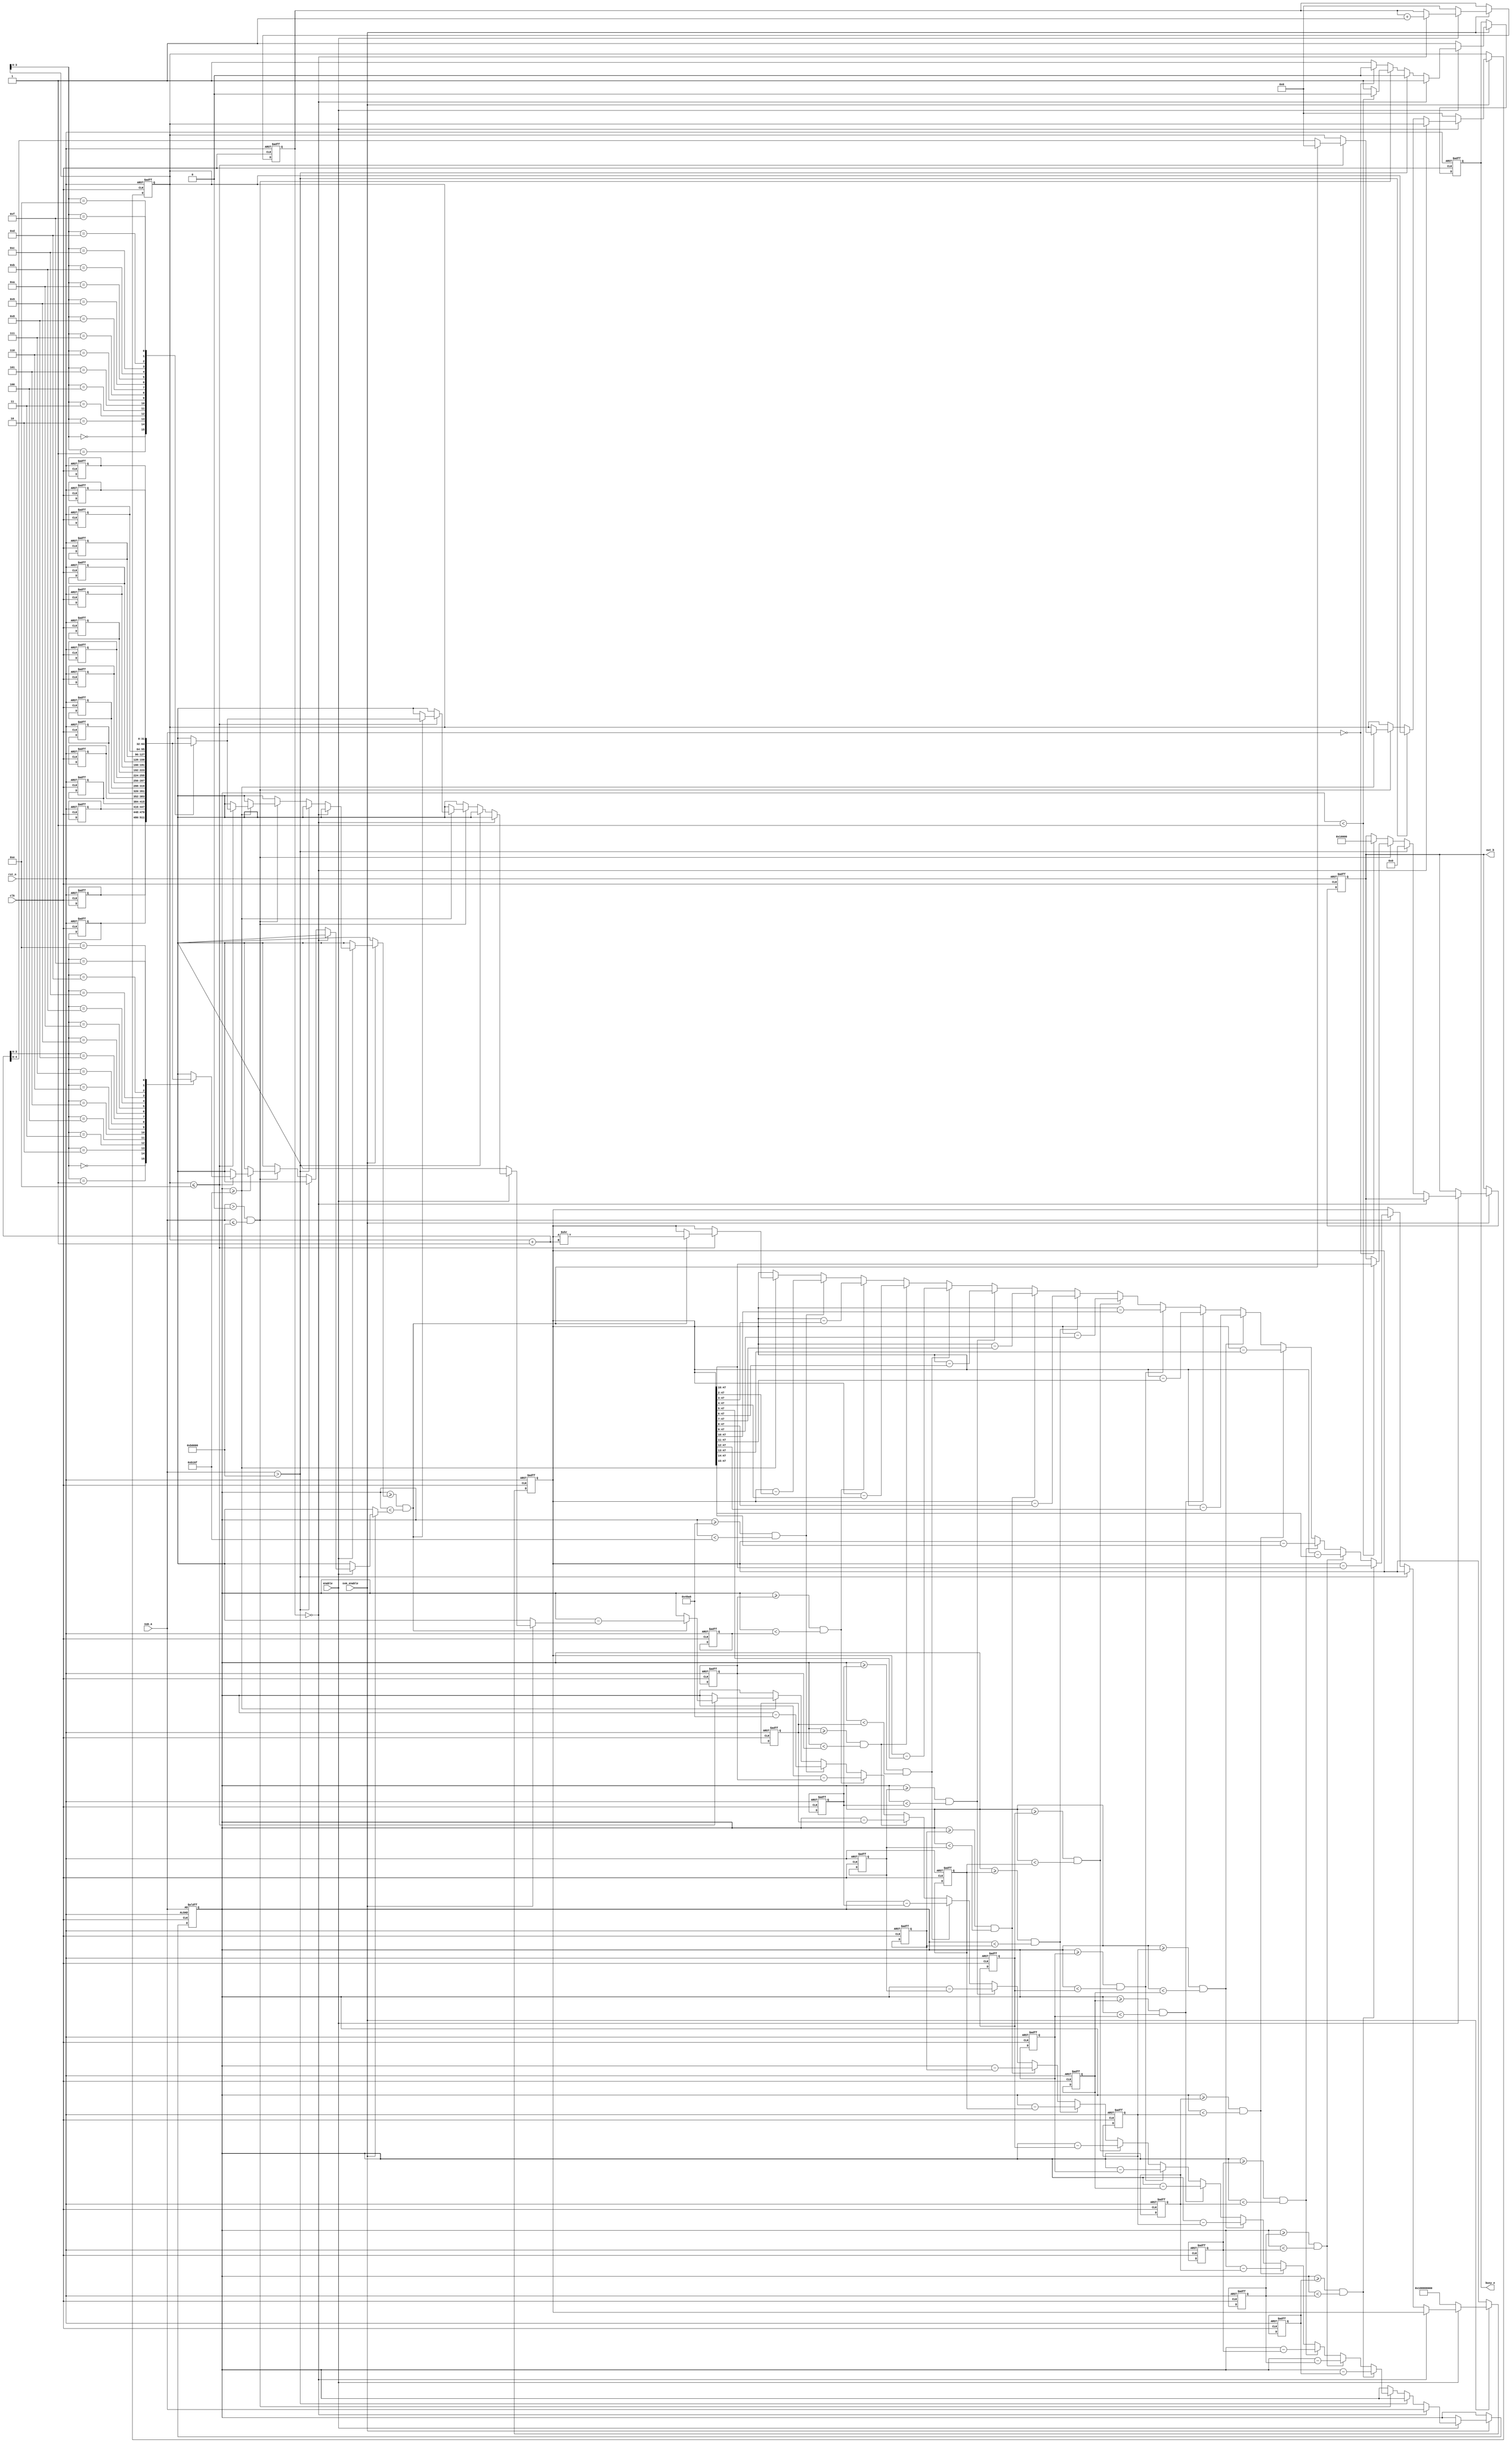
module exp_top(
     
     clk,
	  rst_n,
     sum_a,//input
	  enable,
	  svm_enable,
	  out_b,//output
	  busy_e
	  
    );
     
	  parameter IN_WIDTH = 32;
	  parameter OUT_WIDTH = 32;
	  
	  input clk;
	  input rst_n;
	  input [IN_WIDTH-1:0] sum_a;
	  input enable;
	  input svm_enable;
	  output reg [OUT_WIDTH-1:0] out_b;//wire
	  output  busy_e;
	  assign busy_e = busy_reg_e;
	  
	  reg [31:0] ln_G [0:15];
	  reg [31:0] ln_g [0:14];
	  reg [4:0] i;
	  //reg [4:0] ii;
	  //reg [4:0] j;
	  reg [31:0] a;
	  reg [47:0] b;
	  //reg start;
	  
	  /////////////////////////////////////////
	   //  wire [31:0] exp_b;	 
		// wire [31:0] yyushu;   
	  reg [4:0] kk;
	  reg busy_reg_e;

	  always @(posedge clk or negedge rst_n)
	  begin
	       if(!rst_n)
          begin
					 i <= 5'b0;
					 //ii <= 5'b0;
					 //j <= 5'b0;
					 b <= 48'b000000000000000100000000000000000000000000000000;
					 a <= sum_a;
					 //start <= 1'b0;
					 //busy_e <= 1'b1;///////////
					 kk <= 0;
					 out_b <= 32'h00010000;
					 busy_reg_e <= 1;
					 
					 ln_G[0] <= 32'b00000000000000001011000101101111;//0.6931
					 ln_G[1] <= 32'b00000000000000010110001011100100;//1.3863
					 ln_G[2] <= 32'b00000000000000100001010001010011;//2.0794
					 ln_G[3] <= 32'b00000000000000101100010111001001;//2.7726
					 ln_G[4] <= 32'b00000000000000110111011100111000;//3.4657
					 ln_G[5] <= 32'b00000000000001000010100010101101;//4.1589
					 ln_G[6] <= 32'b00000000000001001101101000011100;//4.8520
					 ln_G[7] <= 32'b00000000000001011000101110010010;//5.5452
					 ln_G[8] <= 32'b00000000000001100011110100000001;//6.2383
					 ln_G[9] <= 32'b00000000000001101110111001110110;//6.9315
					 ln_G[10] <= 32'b00000000000001111001111111100101;//7.6246
					 ln_G[11] <= 32'b00000000000010000101000101010100;//8.3177
					 ln_G[12] <= 32'b00000000000010010000001011001010;//9.0109
					 ln_G[13] <= 32'b00000000000010011011010000111101;//9.7041
			       ln_G[14] <= 32'b00000000000010100110010110101111;//10.3972
			       ln_G[15] <= 32'b00000000000010110001011100100100;//11.0904
					 
					 ln_g[0] <= 32'b00000000000000000100100110100110;//0.2877
					 ln_g[1] <= 32'b00000000000000000010001000101101;//0.1335
					 ln_g[2] <= 32'b00000000000000000001000010000101;//0.06454
					 ln_g[3] <= 32'b00000000000000000000100000100000;//0.03175
					 ln_g[4] <= 32'b00000000000000000000010000001000;//0.01575
					 ln_g[5] <= 32'b00000000000000000000001000000010;//0.0078432
					 ln_g[6] <= 32'b00000000000000000000000100000000;//0.003914
					 ln_g[7] <= 32'b00000000000000000000000010000000;//0.001955
					 ln_g[8] <= 32'b00000000000000000000000001000000;//0.000977
					 ln_g[9] <= 32'b00000000000000000000000000100000;//0.0004884
					 ln_g[10] <= 32'b00000000000000000000000000010000;//0.0002442
					 ln_g[11] <= 32'b00000000000000000000000000001000;//0.0001221
					 ln_g[12] <= 32'b00000000000000000000000000000100;//0.00006103
					 ln_g[13] <= 32'b00000000000000000000000000000010;//0.00003052
					 ln_g[14] <= 32'b00000000000000000000000000000001;//0.00001526
					 
					 
			 end
			 else if(svm_enable == 1'b1) 
			 begin
			 
			 if((enable == 1'b1))
			 begin//1 if(enable)
			    busy_reg_e <= 1'b1;//state
				// busy_e <= 1'b1;
				 if(kk == 0)
				 begin
				     a <= sum_a;//
				     kk <= kk+1;
				 end
				 else if(sum_a > 32'b00000000000010110000000000000000)
				 begin
				      out_b <= 0;
						busy_reg_e <= 1'b0;
				      //busy_e <= 1'b0;//state
				 end
			    else if((sum_a > 0) && (sum_a <= 32'b00000000000010110000000000000000))
			    begin//2
				    //for(i = 0;i < 12;i = i+1)
					 if(a >= 32'b00000000000000001011000101101111)//0.6931
					 begin
						 if(i <= 14)
						 begin//3
								if((a >= ln_G[i]) && (a < ln_G[i+1]))
								begin
								a <= a - ln_G[i];
								b <= b>>(i+1);//2^(i+1),i start 0
								i <= 0;//clear 0,0
								end
								else begin
								i <= i+1;
								end
						 end
					 end
					 if((a >= 32'b00000000000000000100100110100110)&&(a < 32'b00000000000000001011000101101111))
					 begin
					     // begin 
							a <= a - 32'b00000000000000000100100110100110;//0.2877
							b <= b - (b>>2);
							//ii <= 0;//clear 0
					
					 end
              
					  if((a >= ln_g[1])&&(a < ln_g[0]))
					  begin
							  a <= a - ln_g[1];
							  b <= b - (b>>3);		  
                 end	
                 if((a >= ln_g[2])&&(a < ln_g[1]))
					  begin
							  a <= a - ln_g[2];
							  b <= b - (b>>4);		  
                 end					  
					  if((a >= ln_g[3])&&(a < ln_g[2]))
					  begin
							  a <= a - ln_g[3];
							  b <= b - (b>>5);		  
                 end	
					  if((a >= ln_g[4])&&(a < ln_g[3]))
					  begin
							  a <= a - ln_g[4];
							  b <= b - (b>>6);		  
                 end	
					  if((a >= ln_g[5])&&(a < ln_g[4]))
					  begin
							  a <= a - ln_g[5];
							  b <= b - (b>>7);		  
                 end	
					  if((a >= ln_g[6])&&(a < ln_g[5]))
					  begin
							  a <= a - ln_g[6];
							  b <= b - (b>>8);		  
                 end	
					  if((a >= ln_g[7])&&(a < ln_g[6]))
					  begin
							  a <= a - ln_g[7];
							  b <= b - (b>>9);		  
                 end	
					  if((a >= ln_g[8])&&(a < ln_g[7]))
					  begin
							  a <= a - ln_g[8];
							  b <= b - (b>>10);		  
                 end	
					  if((a >= ln_g[9])&&(a < ln_g[8]))
					  begin
							  a <= a - ln_g[9];
							  b <= b - (b>>11);		  
                 end	
					  if((a >= ln_g[10])&&(a < ln_g[9]))
					  begin
							  a <= a - ln_g[10];
							  b <= b - (b>>12);		  
                 end	
					  if((a >= ln_g[11])&&(a < ln_g[10]))
					  begin
							  a <= a - ln_g[11];
							  b <= b - (b>>13);		  
                 end	
					  if((a >= ln_g[12])&&(a < ln_g[11]))
					  begin
							  a <= a - ln_g[12];
							  b <= b - (b>>14);		  
                 end	
					  if((a >= ln_g[13])&&(a < ln_g[12]))
					  begin
							  a <= a - ln_g[13];
							  b <= b - (b>>15);		  
                 end	
					  if((a >= ln_g[14])&&(a < ln_g[13]))
					  begin
							  a <= a - ln_g[14];
							  b <= b - (b>>16);		  
                 end
					  
					 if((a < 32'b00000000000000000000000000000001))//(j == 0)&&
					 begin
					      
							busy_reg_e <= 1'b0;
				         //busy_e <= 1'b0;//state
	                  out_b <= b[47:16];
					 end
					
				 end//2
				 else if(sum_a == 0) 
				 begin
				    out_b <= 32'b00000000000000010000000000000000;
				    busy_reg_e <= 1'b0;
				   // busy_e <= 1'b0;//state
				 end
		end//1
		if(enable == 0)
		begin 		
			  i <= 0;
			  kk <= 0;
			  b <= 48'b000000000000000100000000000000000000000000000000;
			  busy_reg_e <= 1;
		end
	end
 end


endmodule